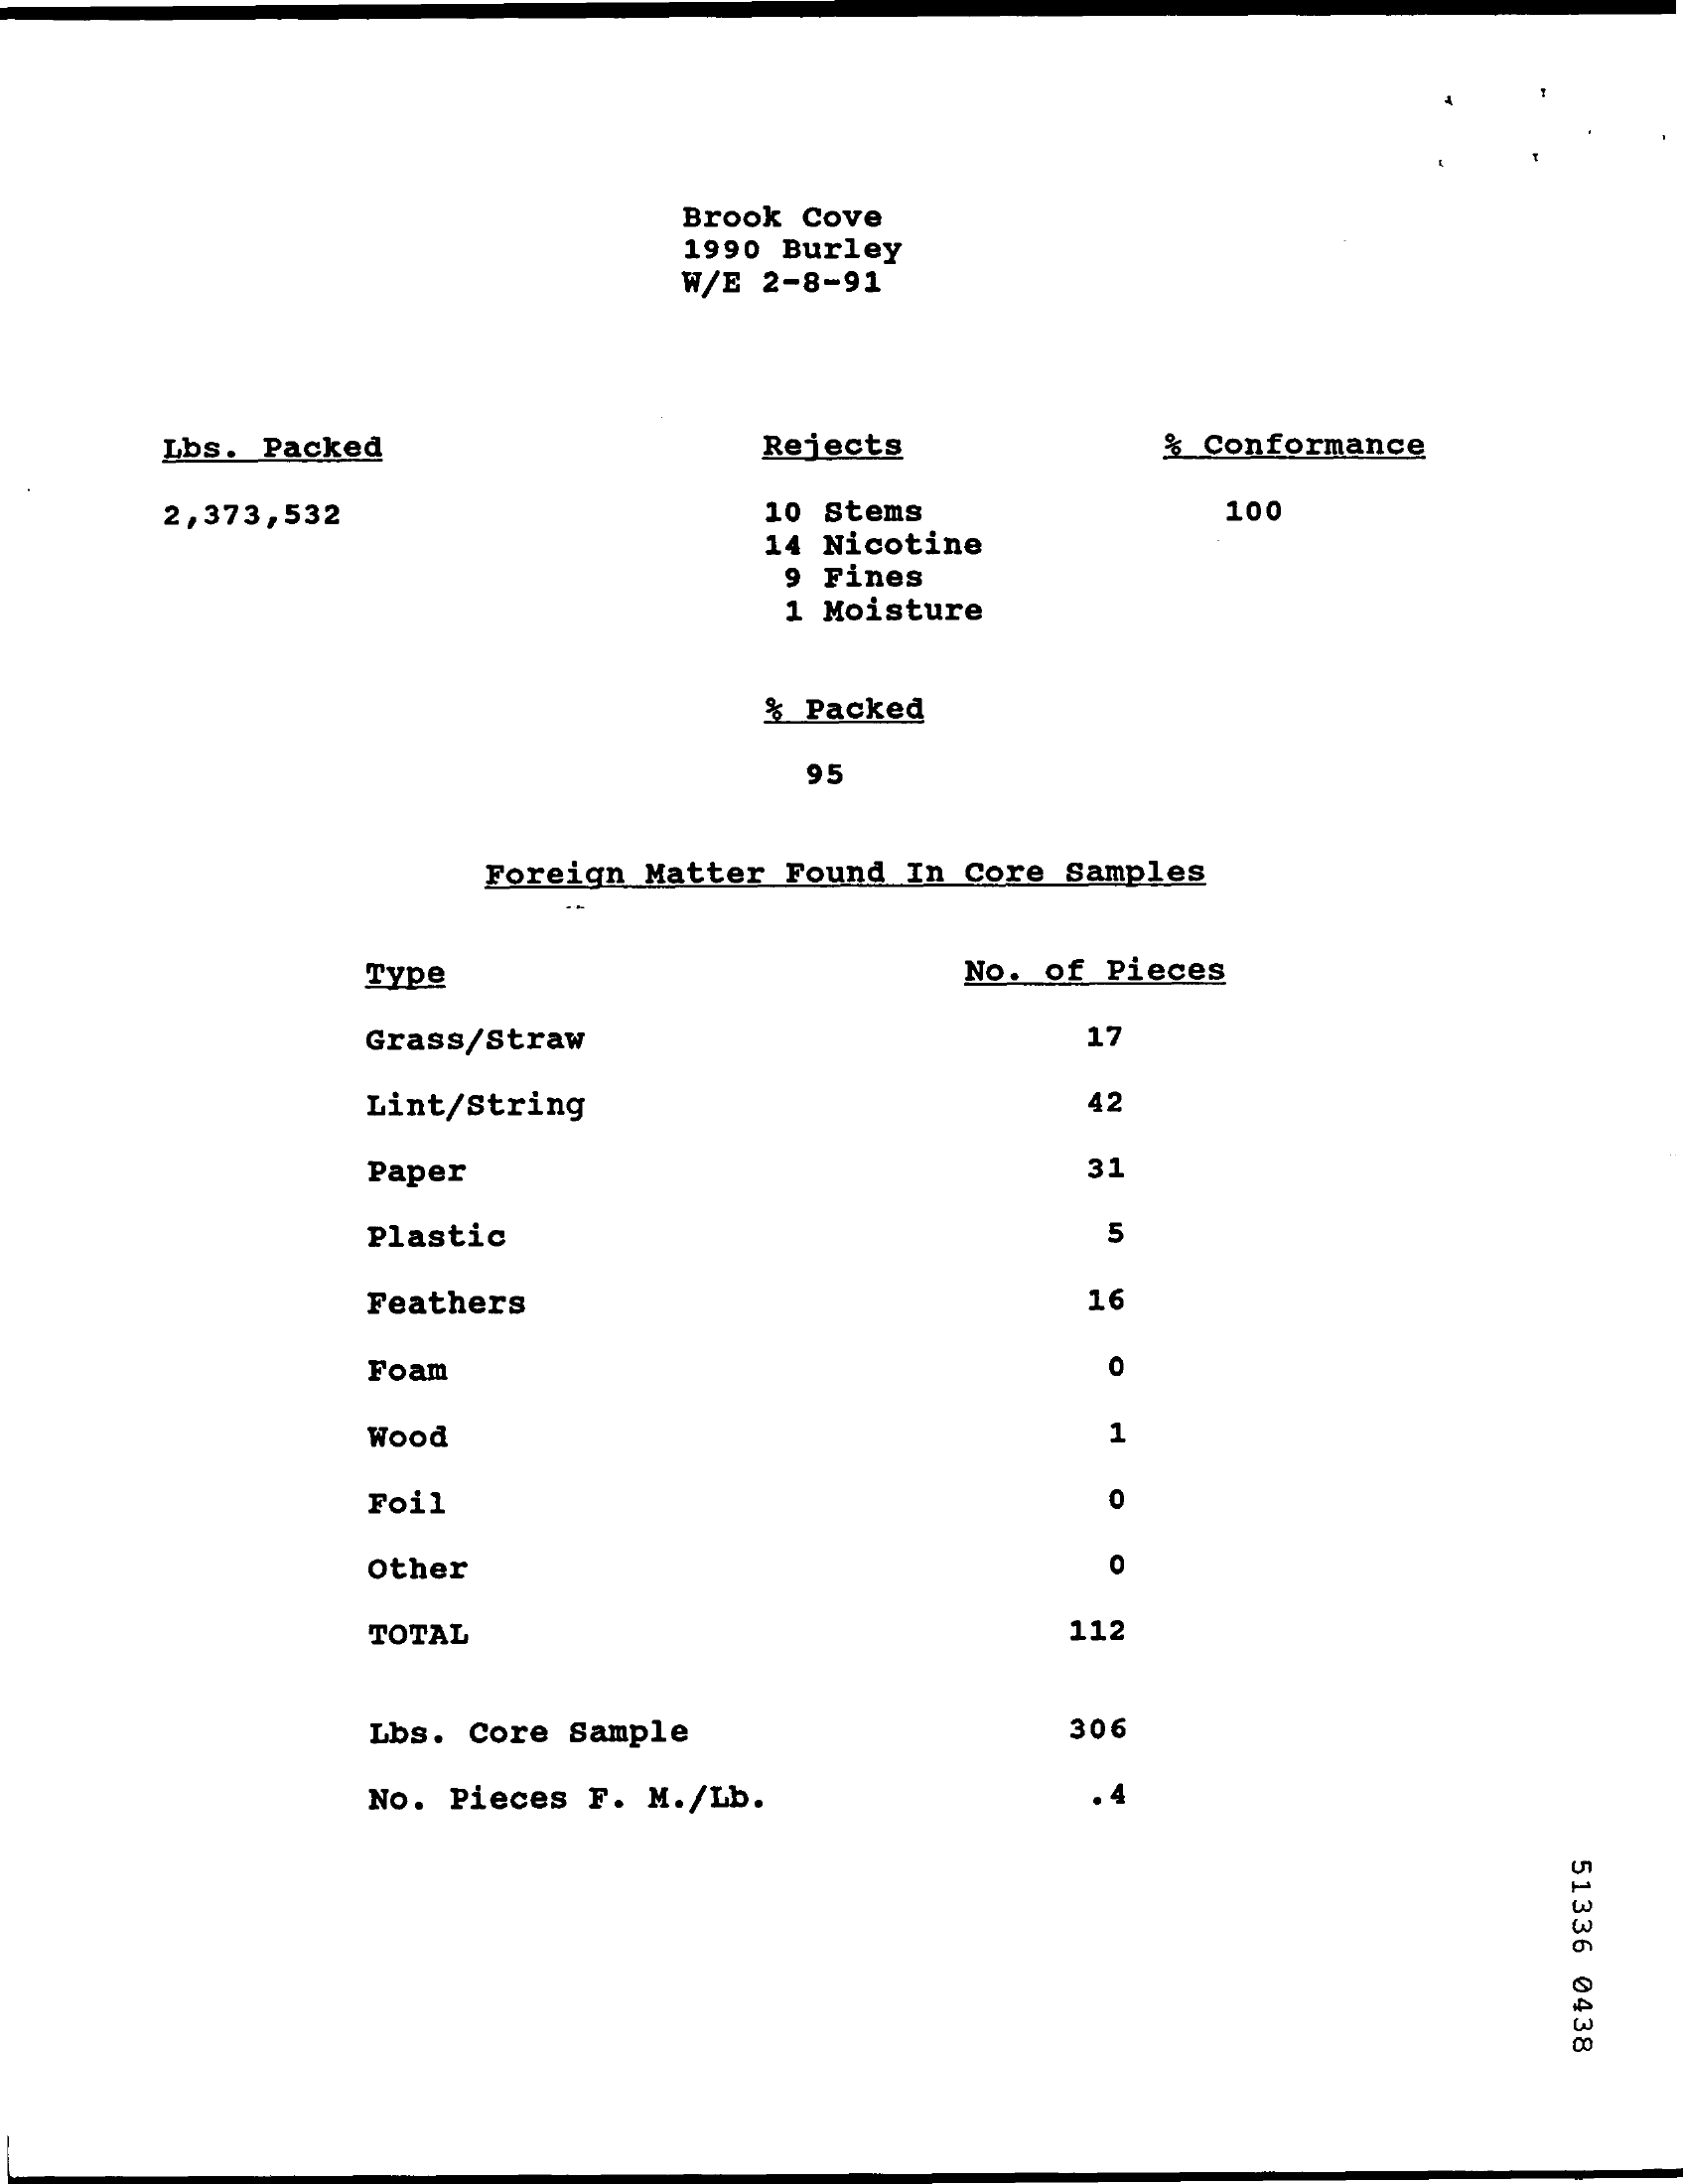
Brook Cove
     1990 Burley
     W/E 2-8-91
     Lbs. Packed    Rejects    $ Conformance
     2,373,532    10 Stems    100
     14 Nicotine
     9 Fines
     1 Moisture
     % Packed
     95
     Foreign Matter Found In Core Samples
     Type    No. of Pieces
     Grass/Straw    17
     Lint/String    42
     Paper    31
     Plastic    5
     Feathers    16
     Foam    0
     Wood    1
     Foil    0
     Other    0
     TOTAL    112
     Lbs. Core Sample    306
     No. Pieces F. M./Lb.    A
     51336
     0438